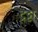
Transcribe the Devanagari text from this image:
ट्रट्टा